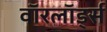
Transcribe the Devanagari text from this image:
वाॅरलाॅर्ड्स